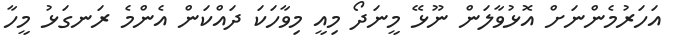
އަހަރުމެންނަށް އޮޅުވާލަން ނޫޅޭ މީނަދޯ މިއީ މިވާހަކަ ދައްކަން އެންމެ ރަނގަޅު މީހާ